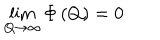
LaTeX: \lim _ { Q \rightarrow \infty } \Phi \left( Q \right) = 0